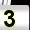
Digit: 3